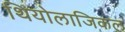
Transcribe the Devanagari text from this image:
थियोलाजिकल